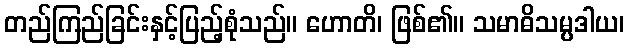
တည်ကြည်ခြင်းနှင့်ပြည့်စုံသည်။ ဟောတိ၊ ဖြစ်၏။ သမာဓိသမ္ပဒါယ၊